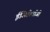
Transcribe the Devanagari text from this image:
ईजिप्टोलॉजी